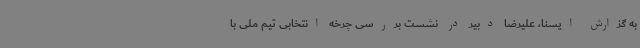
به گزارش ایسنا، علیرضا دبیر در نشست بررسی چرخه انتخابی تیم ملی با